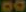
00